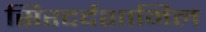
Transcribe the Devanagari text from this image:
सिरदर्दशामिल